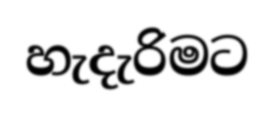
හැදැරිමට